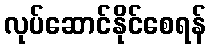
လုပ်ဆောင်နိုင်စေရန်